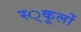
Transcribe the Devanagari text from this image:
स्‍्कूलों